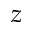
z